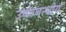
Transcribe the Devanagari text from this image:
उष्णबन्धीय